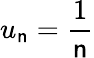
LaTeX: u_{\mathsf{n}}=\frac{{1}}{{\mathsf{n}}}